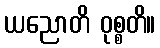
ယညောတိ ဝုစ္စတိ။